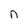
Character: n